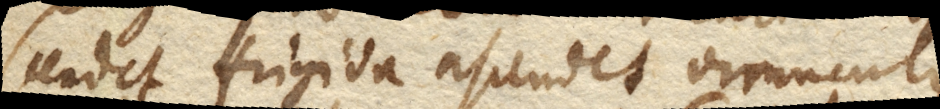
scendet frigida ascendet virunculus.